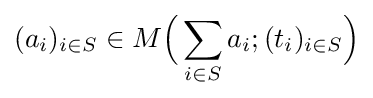
(a_{i})_{i\in S}\in M{\Big (}\sum _{i\in S}a_{i};(t_{i})_{i\in S}{\Big )}